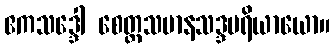
ဧကသဒ္ဒေါ စေတ္ထသမာနသဒ္ဒပရိယာယော။